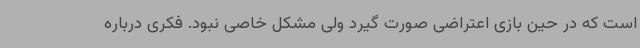
است که در حین بازی اعتراضی صورت گیرد ولی مشکل خاصی نبود. فکری درباره